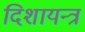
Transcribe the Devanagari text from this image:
दिशायन्त्र